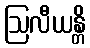
ဩလီယန္တိ